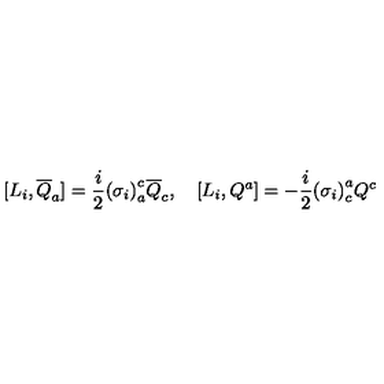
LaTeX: [ L _ { i } , \overline { { Q } } _ { a } ] = \frac { i } { 2 } { ( \sigma _ { i } ) } _ { a } ^ { c } \overline { { Q } } _ { c } , \quad [ L _ { i } , Q ^ { a } ] = - \frac { i } { 2 } { ( \sigma _ { i } ) } _ { c } ^ { a } Q ^ { c }